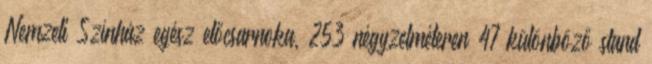
Nemzeti Színház egész előcsarnoka, 253 négyzetméteren 47 különböző stand